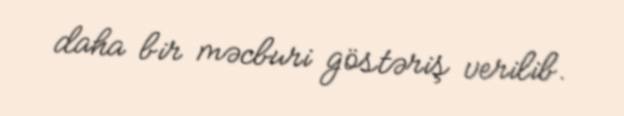
daha bir məcburi göstəriş verilib.